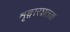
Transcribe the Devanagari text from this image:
शृङ्गारशतक